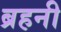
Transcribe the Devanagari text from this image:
ब्रहनी